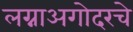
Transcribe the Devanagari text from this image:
लग्नाअगोदरचे